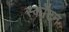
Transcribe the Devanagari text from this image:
स्कॉटन